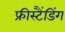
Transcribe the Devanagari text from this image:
फ्रीस्टैंडिंग